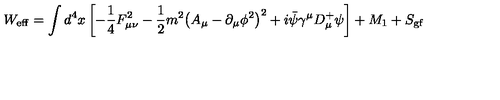
W _ { \mathrm { e f f } } = \int d ^ { 4 } x \left[ - \frac { 1 } { 4 } F _ { \mu \nu } ^ { 2 } - \frac { 1 } { 2 } m ^ { 2 } { \left( A _ { \mu } - { \partial _ { \mu } \phi ^ { 2 } } \right) } ^ { 2 } + i \bar { \psi } \gamma ^ { \mu } D _ { \mu } ^ { + } \psi \right] + M _ { 1 } + S _ { \mathrm { g f } }